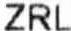
ZRL